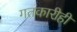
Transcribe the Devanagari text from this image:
गतकारीही